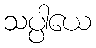
သပ္ပါယေ